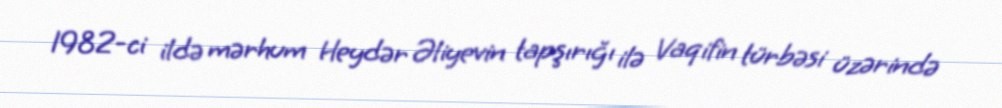
1982-ci ildə mərhum Heydər Əliyevin tapşırığı ilə Vaqifin türbəsi üzərində